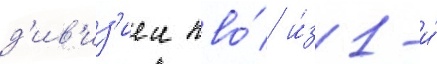
д'ив'из'иеи пво́ и́з 1-и́